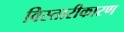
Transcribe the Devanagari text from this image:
विस्तारीकारण